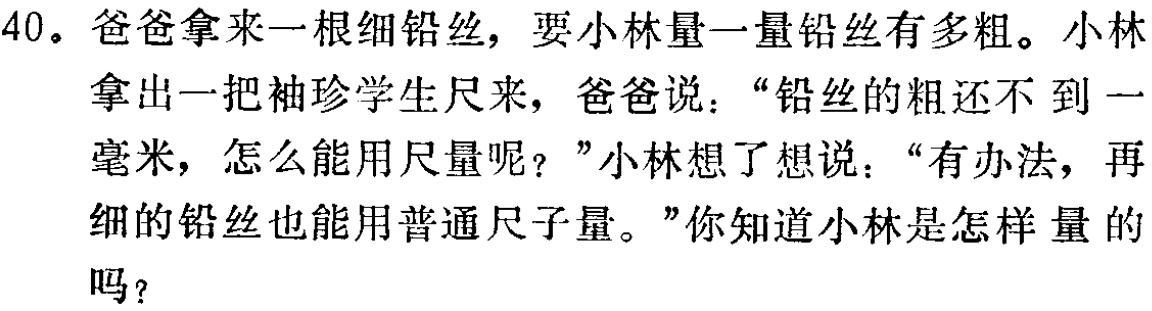
40。爸爸拿来一根细铅丝，要小林量一量铅丝有多粗。小林拿出一把袖珍学生尺来，爸爸说：“铅丝的粗还不到一毫米，怎么能用尺量呢？”小林想了想说：“有办法，再细的铅丝也能用普通尺子量。”你知道小林是怎样量的吗？